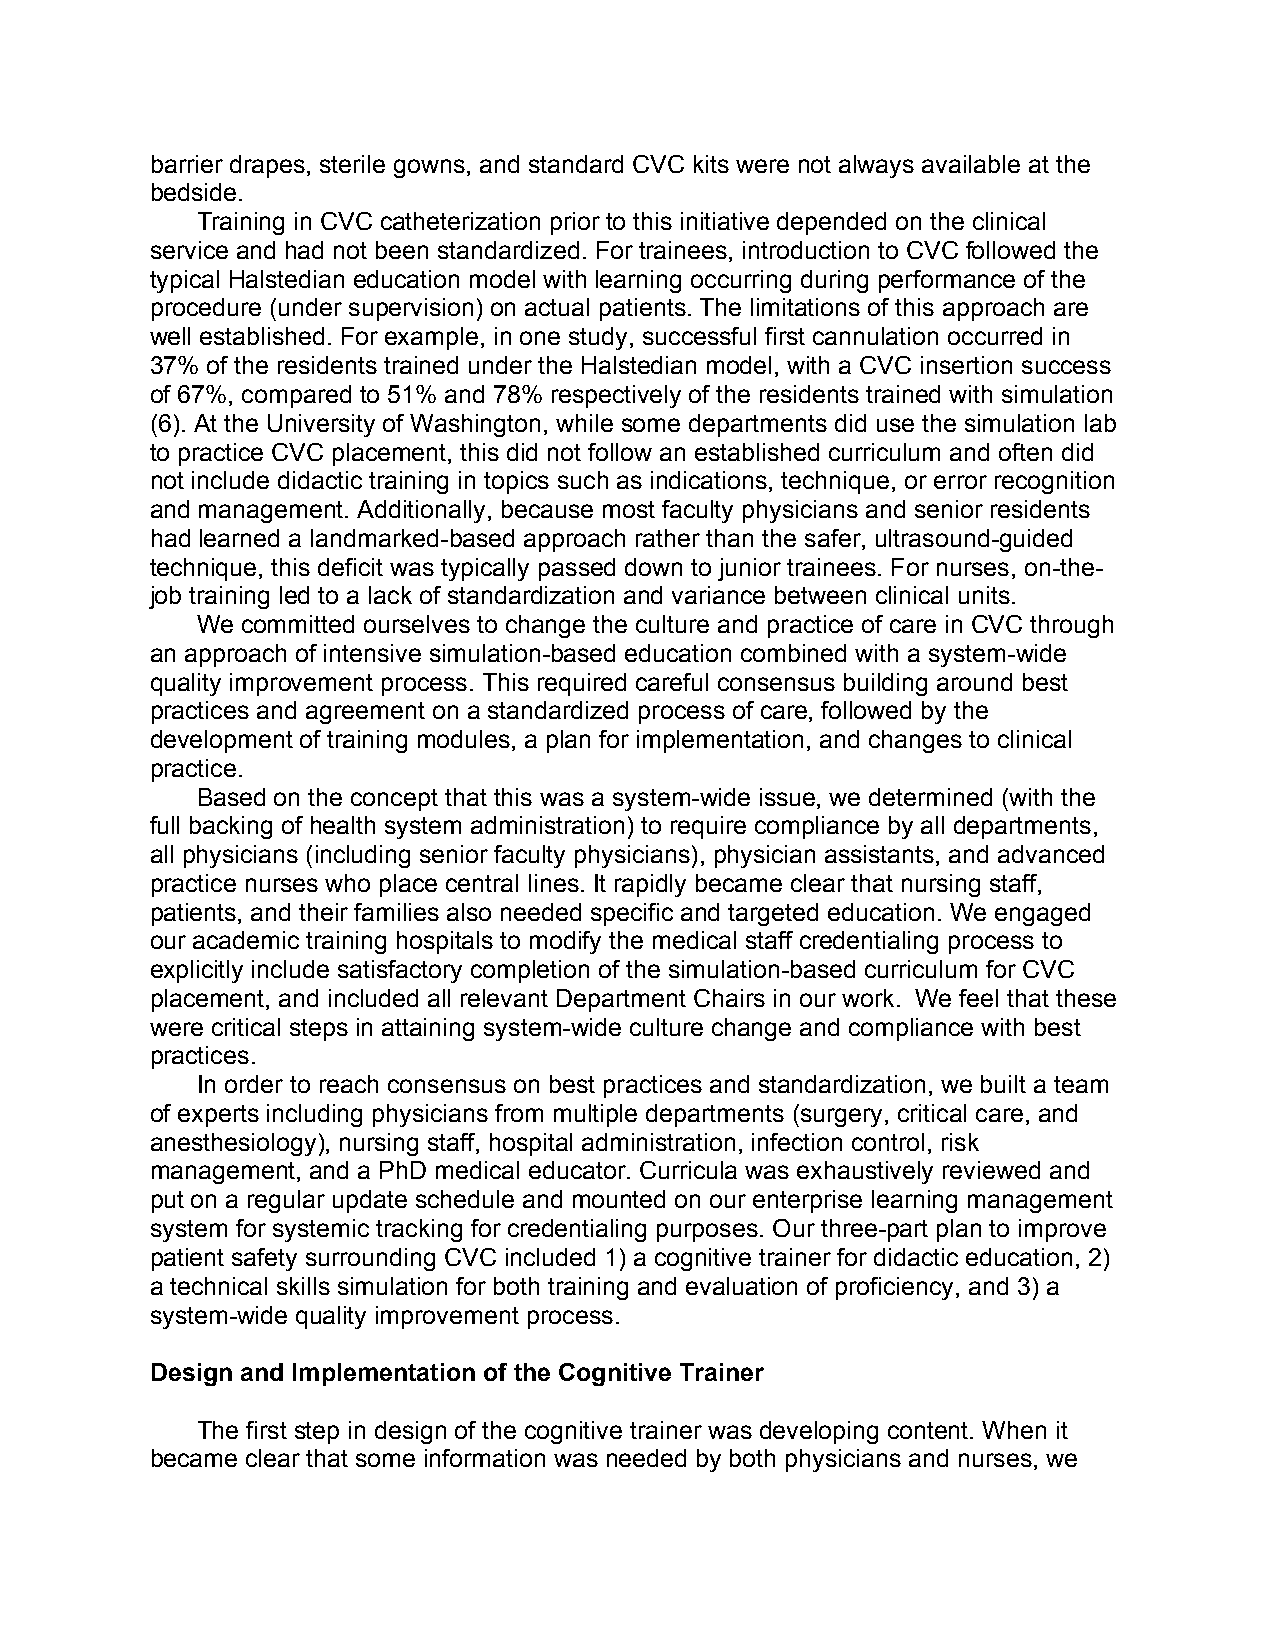
barrier drapes, sterile gowns, and standard CVC kits were not always available at the
 bedside.
 Training in CVC catheterization prior to this initiative depended on the clinical
 service and had not been standardized. For trainees, introduction to CVC followed the
 typical Halstedian education model with learning occurring during performance of the
 procedure (under supervision) on actual patients. The limitations of this approach are
 well established. For example, in one study, successful first cannulation occurred in
 37% of the residents trained under the Halstedian model, with a CVC insertion success
 of 67%, compared to 51% and 78% respectively of the residents trained with simulation
 (6). At the University of Washington, while some departments did use the simulation lab
 to practice CVC placement, this did not follow an established curriculum and often did
 not include didactic training in topics such as indications, technique, or error recognition
 and management. Additionally, because most faculty physicians and senior residents
 had learned a landmarked-based approach rather than the safer, ultrasound-guided
 technique, this deficit was typically passed down to junior trainees. For nurses, on-the-
 job training led to a lack of standardization and variance between clinical units.
 We committed ourselves to change the culture and practice of care in CVC through
 an approach of intensive simulation-based education combined with a system-wide
 quality improvement process. This required careful consensus building around best
 practices and agreement on a standardized process of care, followed by the
 development of training modules, a plan for implementation, and changes to clinical
 practice.
 Based on the concept that this was a system-wide issue, we determined (with the
 full backing of health system administration) to require compliance by all departments,
 all physicians (including senior faculty physicians), physician assistants, and advanced
 practice nurses who place central lines. It rapidly became clear that nursing staff,
 patients, and their families also needed specific and targeted education. We engaged
 our academic training hospitals to modify the medical staff credentialing process to
 explicitly include satisfactory completion of the simulation-based curriculum for CVC
 placement, and included all relevant Department Chairs in our work. We feel that these
 were critical steps in attaining system-wide culture change and compliance with best
 practices.
 In order to reach consensus on best practices and standardization, we built a team
 of experts including physicians from multiple departments (surgery, critical care, and
 anesthesiology), nursing staff, hospital administration, infection control, risk
 management, and a PhD medical educator. Curricula was exhaustively reviewed and
 put on a regular update schedule and mounted on our enterprise learning management
 system for systemic tracking for credentialing purposes. Our three-part plan to improve
 patient safety surrounding CVC included 1) a cognitive trainer for didactic education, 2)
 a technical skills simulation for both training and evaluation of proficiency, and 3) a
 system-wide quality improvement process.
 Design and Implementation of the Cognitive Trainer
 The first step in design of the cognitive trainer was developing content. When it
 became clear that some information was needed by both physicians and nurses, we